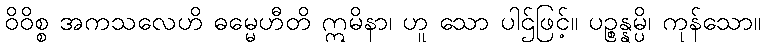
ဝိဝိစ္စ အကသလေဟိ ဓမ္မေဟီတိ ဣမိနာ၊ ဟူ သော ပါဌ်ဖြင့်။ ပဉ္စန္နမ္ပိ၊ ကုန်သော။